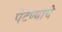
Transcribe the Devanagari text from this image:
पेटण्याचे